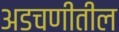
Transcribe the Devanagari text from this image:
अडचणीतील